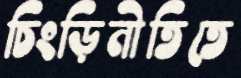
চিংড়িনীতিতে